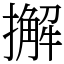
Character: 𢶷